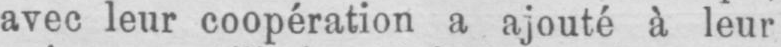
avec leur coopération a ajouté à leur